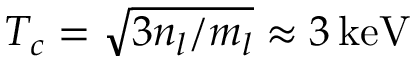
T _ { c } = \sqrt { 3 n _ { l } / m _ { l } } \approx 3 \, \mathrm { k e V }